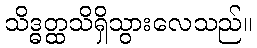
သိဒ္ဓတ္ထသိရှိသွားလေသည်။